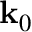
\mathbf { k } _ { 0 }